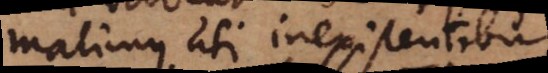
malimus uti inexistentibus